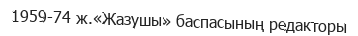
1959-74 ж.«Жазушы» баспасының редакторы